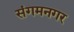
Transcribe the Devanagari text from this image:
संगमनगर